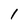
Character: 1